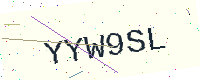
Text: YYW9SL